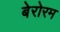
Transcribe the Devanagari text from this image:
बेरोरम